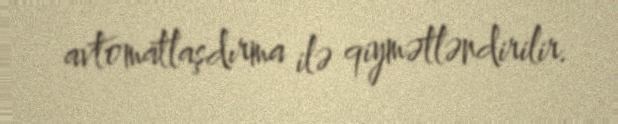
avtomatlaşdırma ilə qiymətləndirilir.